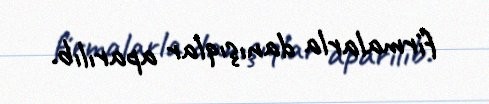
firmalarla danışıqlar aparılıb.